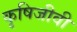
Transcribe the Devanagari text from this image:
कृषिजीवी